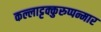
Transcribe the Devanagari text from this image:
कल्लाट्टक्कुरुप्पन्मार